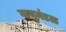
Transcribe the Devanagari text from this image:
वायुमंडळ